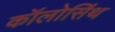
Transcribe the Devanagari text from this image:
कॉलोसिंथ